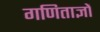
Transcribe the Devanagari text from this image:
गणिताज्ञों